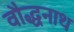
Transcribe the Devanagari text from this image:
वौद्धनाथ